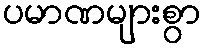
ပမာဏများစွာ